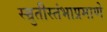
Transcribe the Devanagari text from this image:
स्म्रुतीस्तंभाप्रमाणे